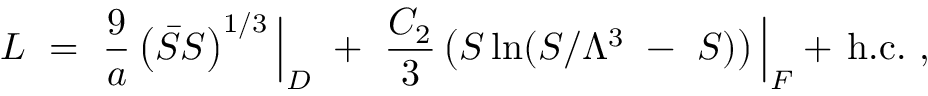
{ \cal L } ~ = ~ \frac { 9 } { a } \left( \bar { S } S \right) ^ { 1 / 3 } \Big | _ { D } ~ + ~ \frac { C _ { 2 } } { 3 } \left( S \ln ( S / \Lambda ^ { 3 } ~ - ~ S ) \right) \Big | _ { F } + \, \mathrm { h . c . } ~ ,